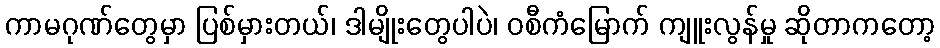
ကာမဂုဏ်တွေမှာ ပြစ်မှားတယ်၊ ဒါမျိုးတွေပါပဲ၊ ဝစီကံမြောက် ကျူးလွန်မှု ဆိုတာကတော့